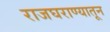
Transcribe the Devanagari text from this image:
राजघराण्यातून